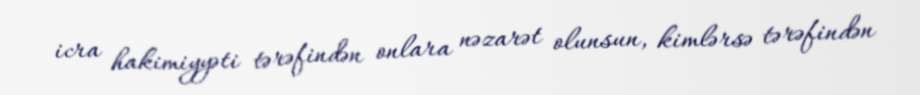
icra hakimiyyəti tərəfindən onlara nəzarət olunsun, kimlərsə tərəfindən